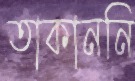
তাকাননি